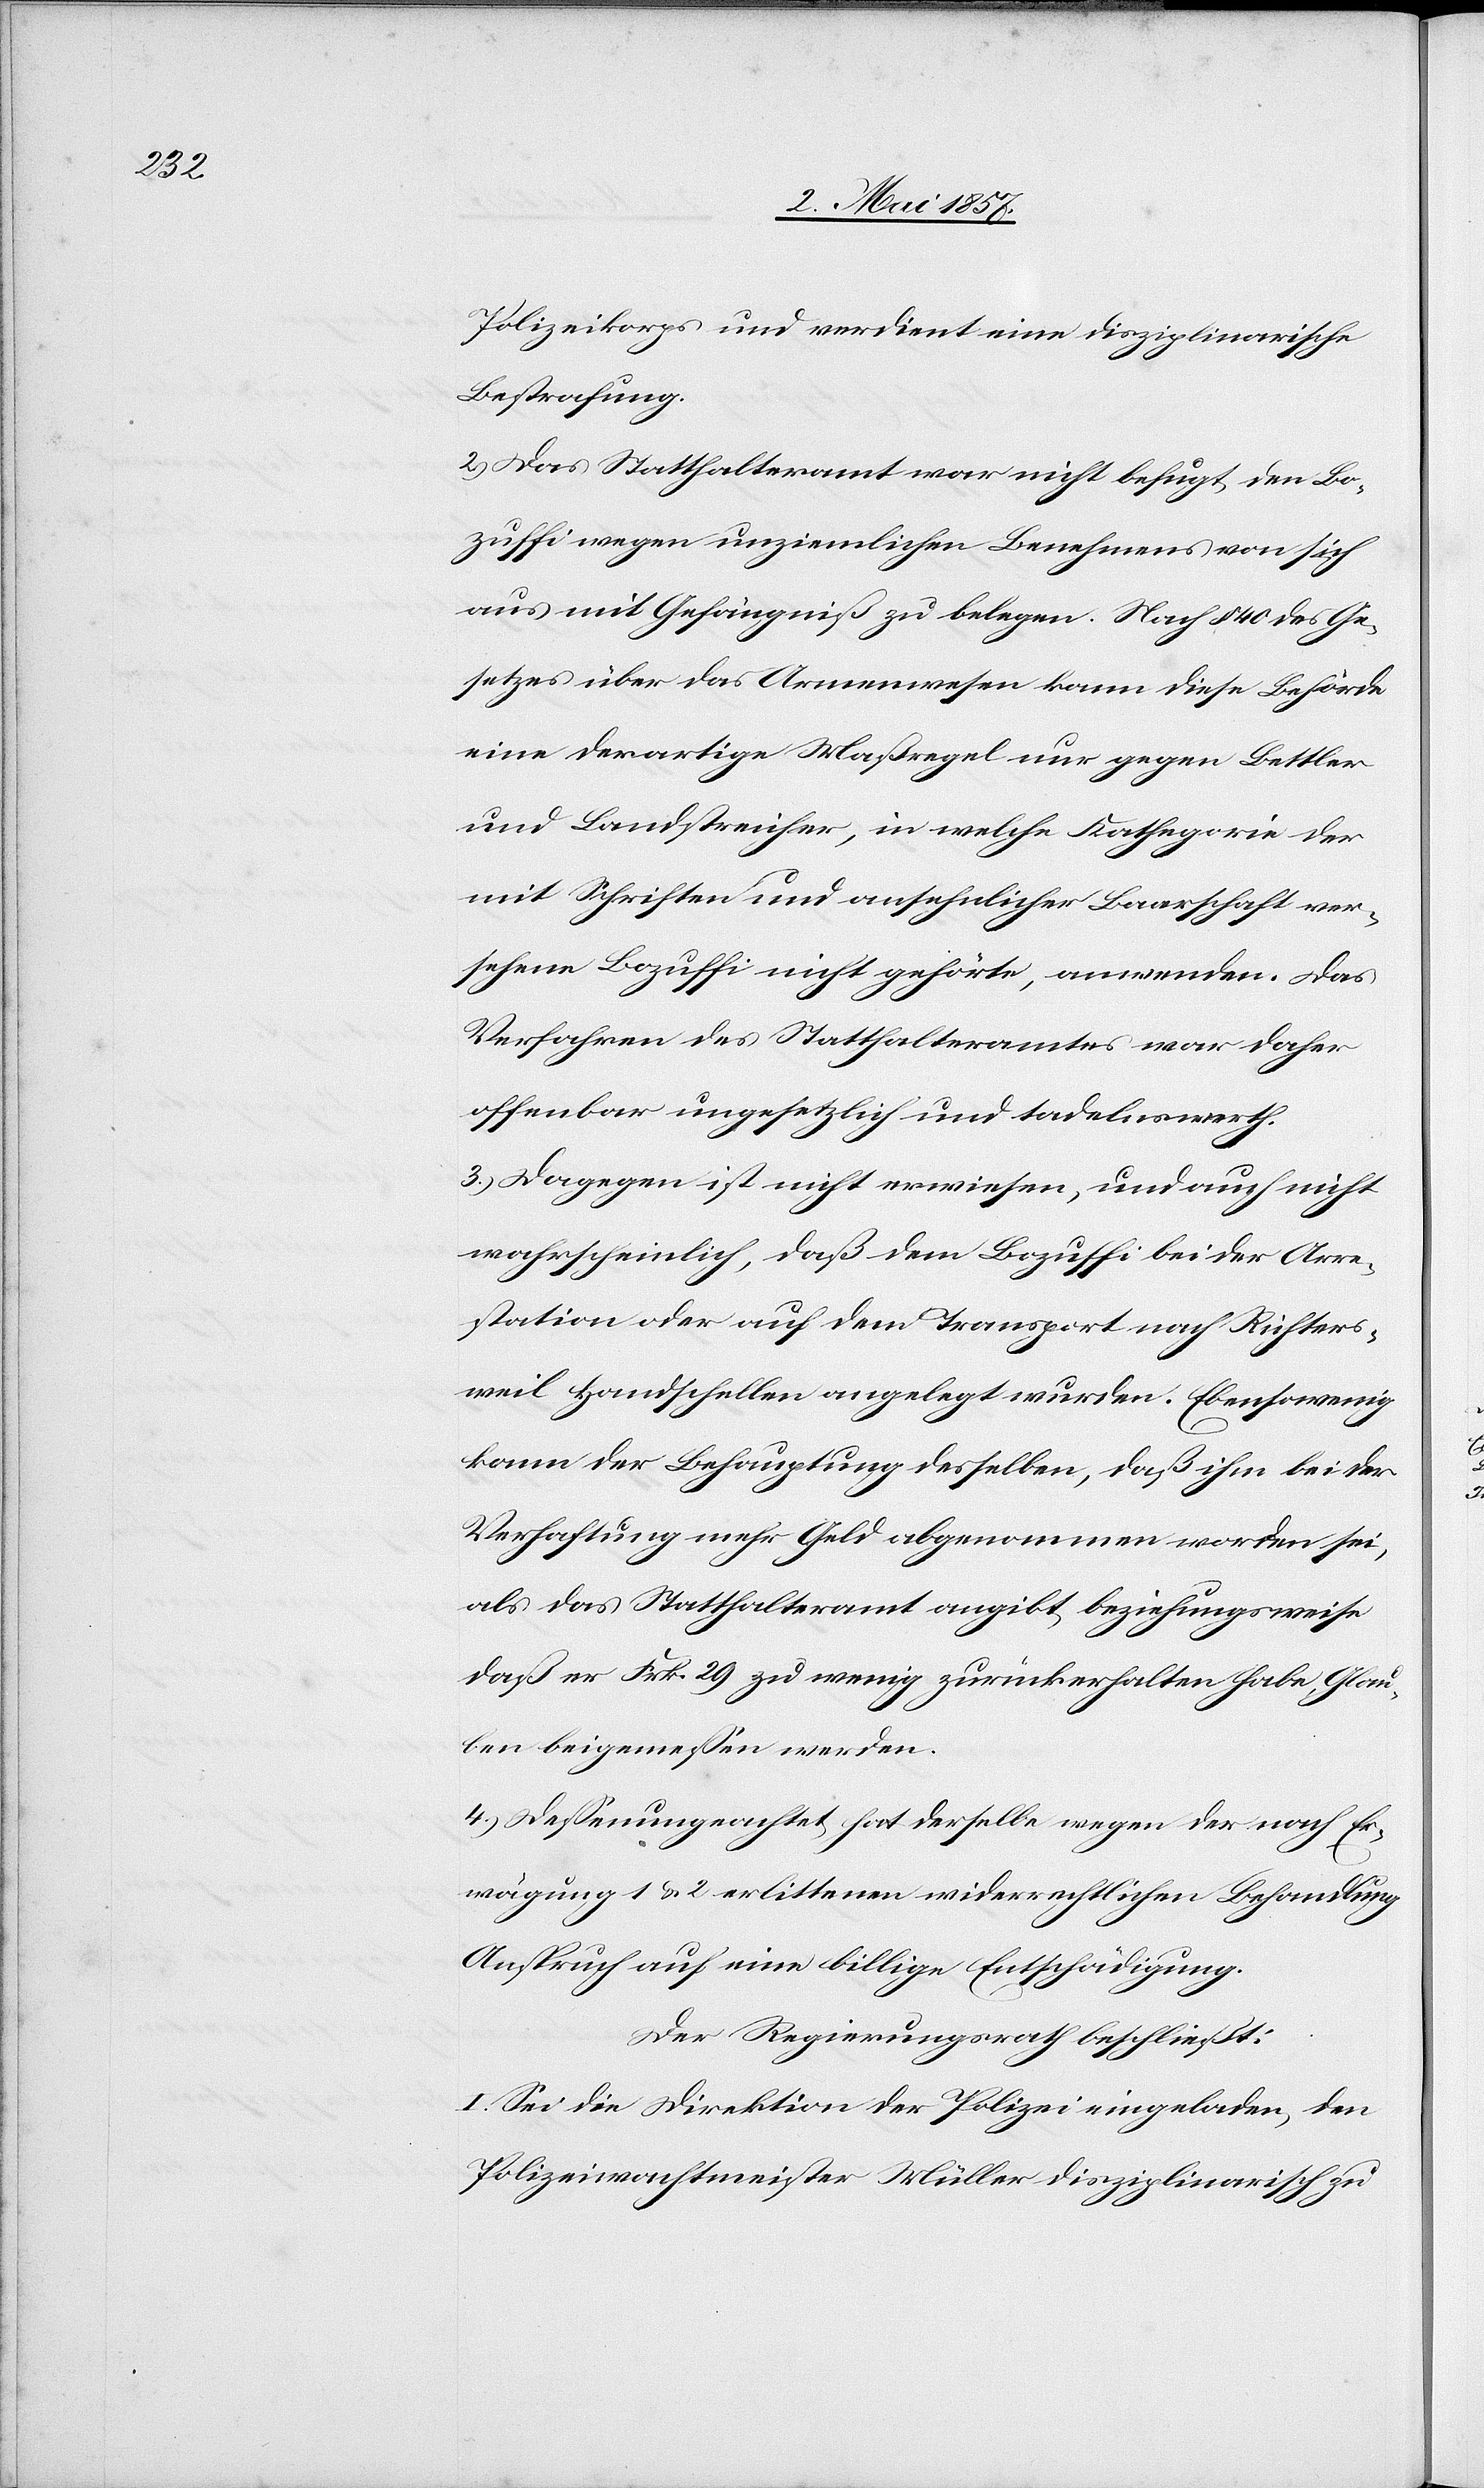
Polizeikorps und verdient eine disziplinarische
Bestrafung.
2.) Das Statthalteramt war nicht befugt den Bo¬
zuffi wegen unziemlichen Benehmens von sich
aus mit Gefängniß zu belegen. Nach § 40 des Ge¬
setzes über das Armenwesen kann diese Behörde
eine derartige Maßregel nur gegen Bettler
und Landstreicher, in welche Kathegorie der
mit Schriften und ansehnlicher Baarschaft ver¬
sehene Bozuffi nicht gehörte, anwenden. Das
Verfahren des Statthalteramtes war daher
offenbar ungesetzlich und tadelswerth.
3.) Dagegen ist nicht erwiesen, und auch nicht
wahrscheinlich, daß dem Bozuffi bei der Arre¬
station oder auf dem Transport nach Richters¬
weil Handschellen angelegt wurden. Ebensowenig
kann der Behauptung desselben, daß ihm bei der
Verhaftung mehr Geld abgenommen worden sei,
als das Statthalteramt angibt beziehungsweise
daß er Frk. 29 zu wenig zurückerhalten habe Glau¬
ben beigemessen werden.
4.) Dessenungeachtet hat derselbe wegen der nach Er¬
wägung 1 u. 2 erlittenen widerrechtlichen Behandlung
Anspruch auf eine billige Entschädigung.
Der Regierungsrath beschließt:
I. Sei die Direktion der Polizei eingeladen, den
Polizeiwachtmeister Müller disziplinarisch zu